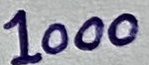
Text: 1000